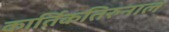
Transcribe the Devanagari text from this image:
कार्तिकतिरुनाल